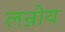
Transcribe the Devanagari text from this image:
लन्नोय